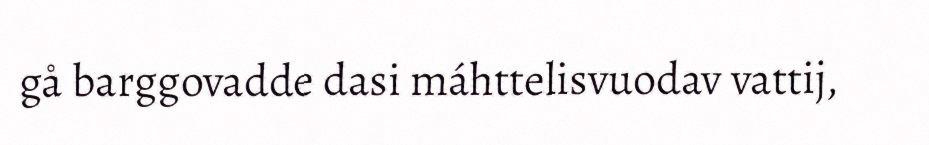
gå barggovadde dasi máhttelisvuodav vattij,